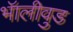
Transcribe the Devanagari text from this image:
भॅालीवुड